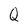
Character: Q